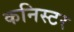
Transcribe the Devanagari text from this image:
कनिस्टर